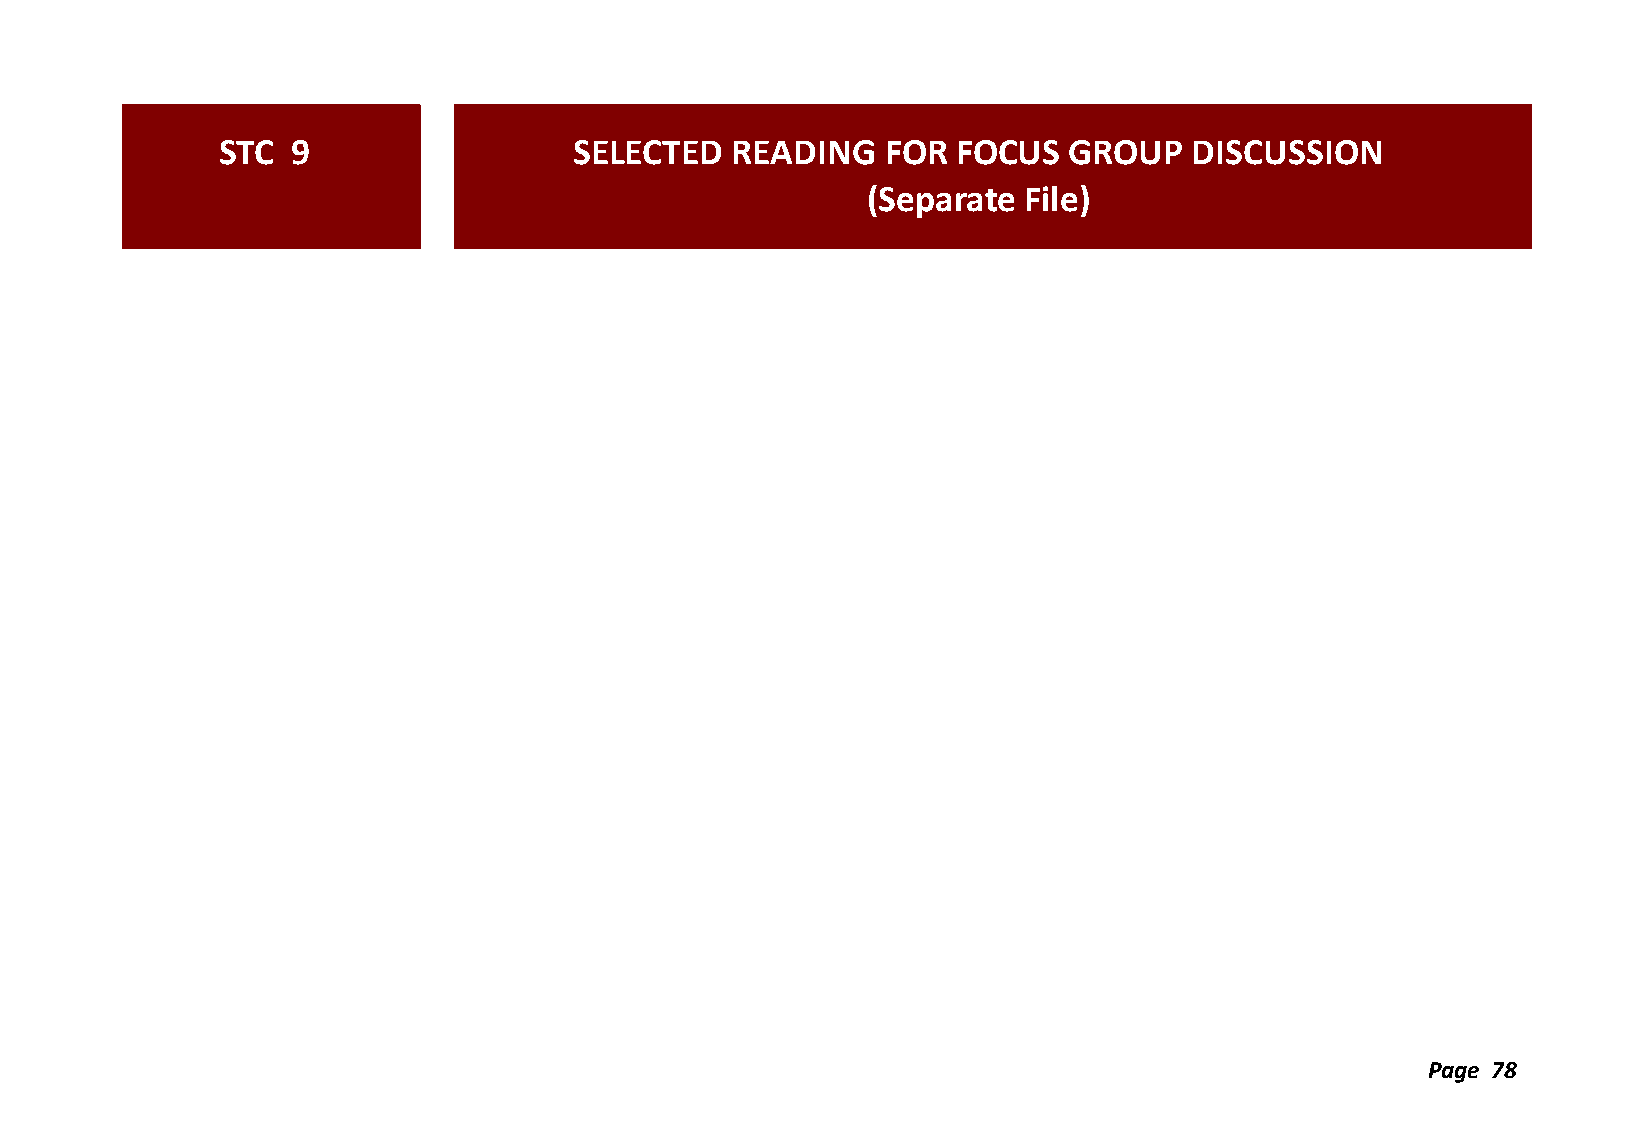
STC  9                  SELECTED  READING    FOR FOCUS   GROUP   DISCUSSION
 (Separate  File)
 Page 78